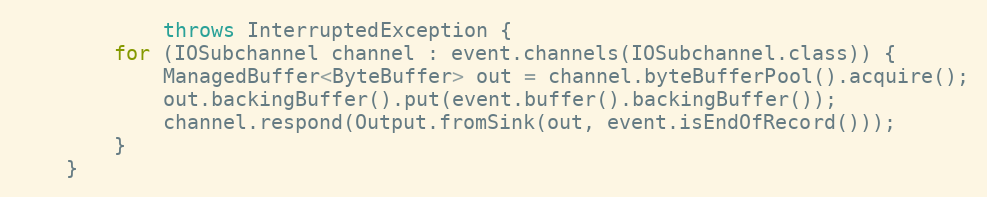
Language: Java
            throws InterruptedException {
        for (IOSubchannel channel : event.channels(IOSubchannel.class)) {
            ManagedBuffer<ByteBuffer> out = channel.byteBufferPool().acquire();
            out.backingBuffer().put(event.buffer().backingBuffer());
            channel.respond(Output.fromSink(out, event.isEndOfRecord()));
        }
    }